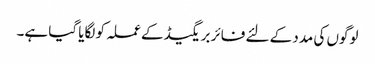
لوگوں کی مدد کے لئے فائر بریگیڈ کے عملہ کو لگایا گیا ہے۔